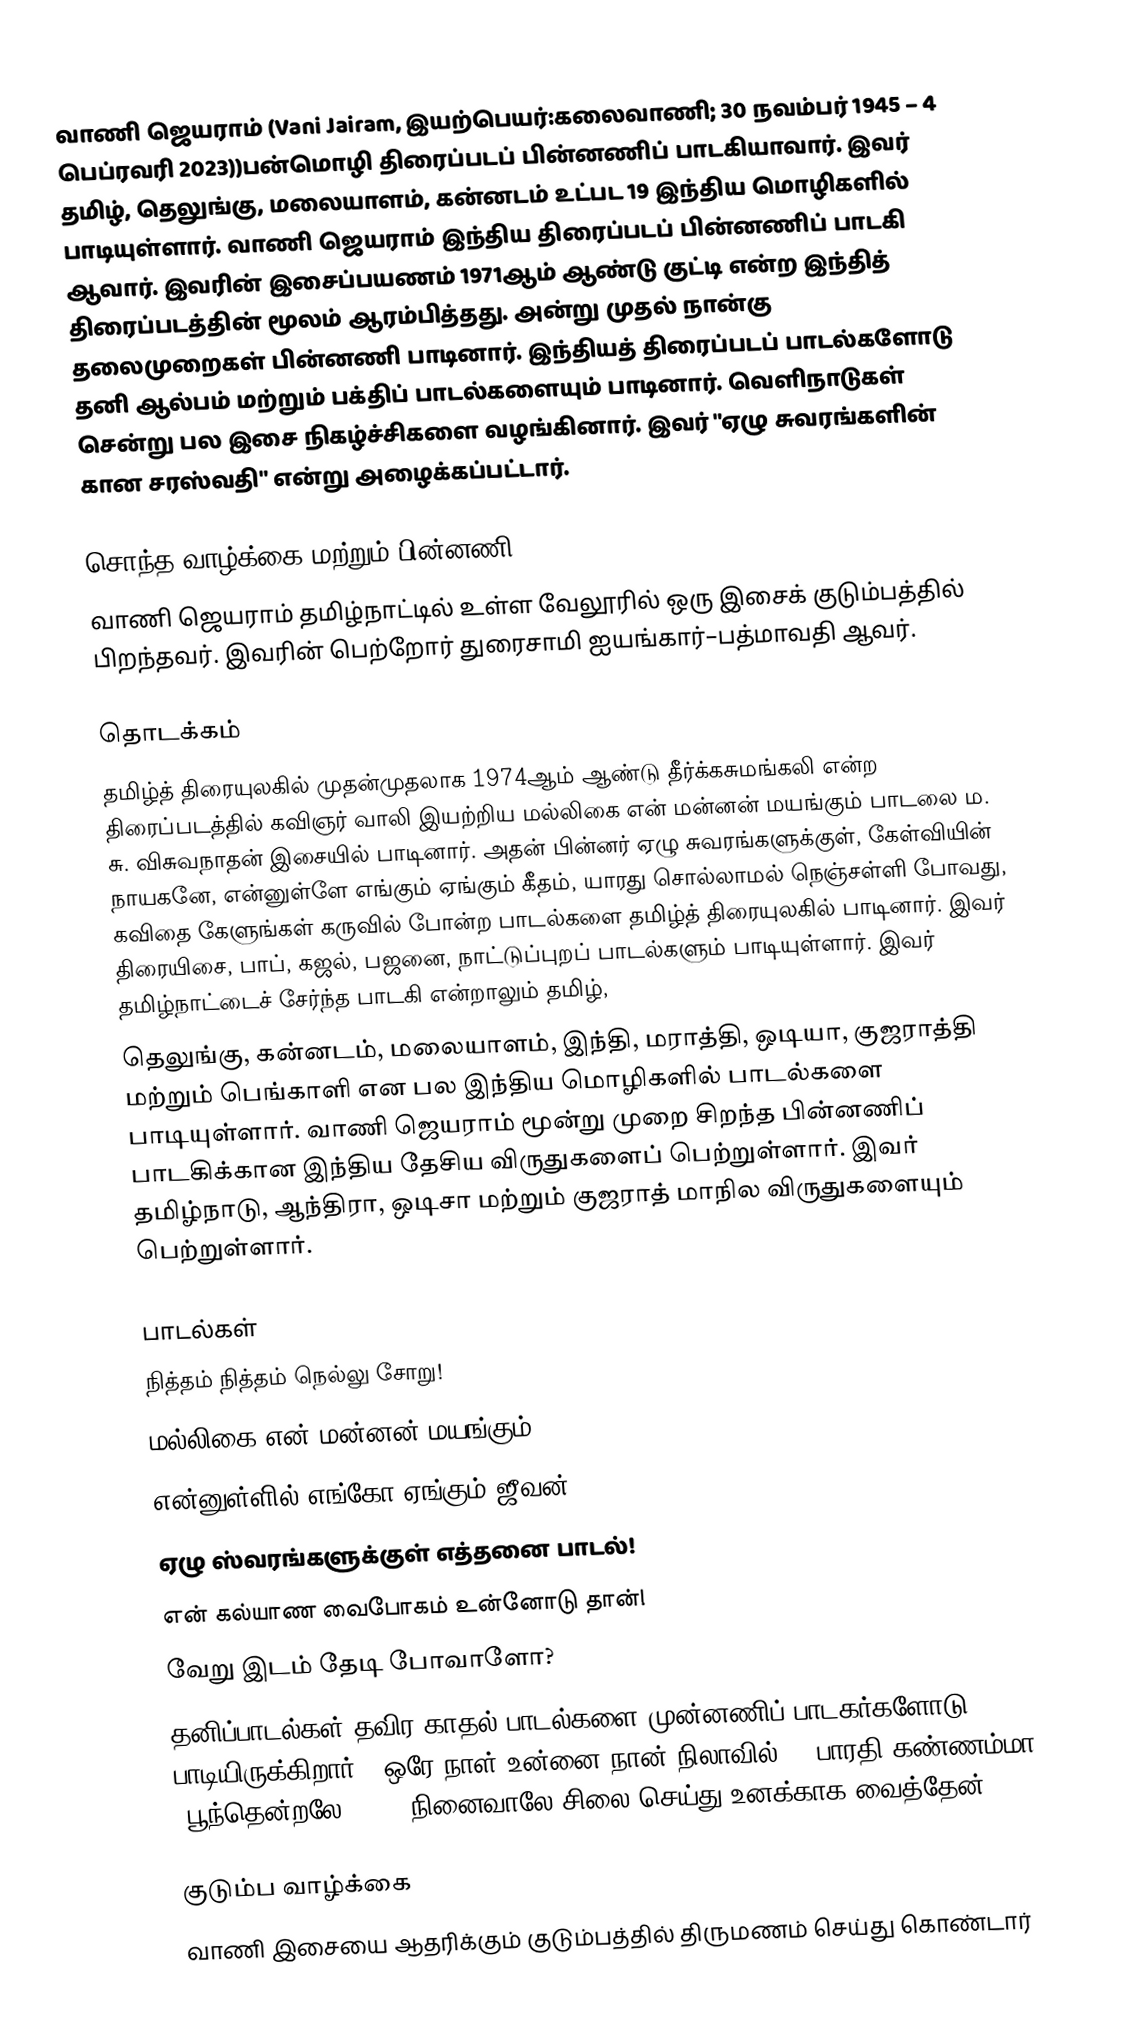
வாணி ஜெயராம் (Vani Jairam, இயற்பெயர்:கலைவாணி; 30 நவம்பர் 1945 – 4 பெப்ரவரி 2023))பன்மொழி திரைப்படப் பின்னணிப் பாடகியாவார். இவர் தமிழ், தெலுங்கு, மலையாளம், கன்னடம் உட்பட 19  இந்திய மொழிகளில் பாடியுள்ளார். வாணி ஜெயராம் இந்திய திரைப்படப் பின்னணிப் பாடகி ஆவார். இவரின் இசைப்பயணம் 1971ஆம் ஆண்டு குட்டி ௭ன்ற இந்தித் திரைப்படத்தின் மூலம் ஆரம்பித்தது. அன்று முதல் நான்கு தலைமுறைகள் பின்னணி பாடினார். இந்தியத் திரைப்படப் பாடல்களோடு தனி ஆல்பம் மற்றும் பக்திப் பாடல்களையும் பாடினார். வெளிநாடுகள் சென்று பல இசை நிகழ்ச்சிகளை வழங்கினார். இவர் "ஏழு சுவரங்களின் கான சரஸ்வதி" என்று  அழைக்கப்பட்டார்.

சொந்த வாழ்க்கை மற்றும் பின்னணி
வாணி ஜெயராம் தமிழ்நாட்டில் உள்ள வேலூரில் ஒரு இசைக் குடும்பத்தில் பிறந்தவர். இவரின் பெற்றோர் துரைசாமி ஐயங்கார்–பத்மாவதி ஆவர்.

தொடக்கம்
தமிழ்த் திரையுலகில் முதன்முதலாக  1974ஆம் ஆண்டு தீர்க்கசுமங்கலி ௭ன்ற திரைப்படத்தில் கவிஞர் வாலி  இயற்றிய மல்லிகை ௭ன் மன்னன் மயங்கும்  பாடலை ம. சு. விசுவநாதன் இசையில் பாடினார். அதன் பின்னர் ஏழு சுவரங்களுக்குள், கேள்வியின் நாயகனே, ௭ன்னுள்ளே ௭ங்கும் ஏங்கும் கீதம், யாரது சொல்லாமல் நெஞ்சள்ளி போவது, கவிதை கேளுங்கள் கருவில் போன்ற பாடல்களை தமிழ்த் திரையுலகில் பாடினார். இவர் திரையிசை, பாப், கஜல், பஜனை, நாட்டுப்புறப் பாடல்களும் பாடியுள்ளார். இவர் தமிழ்நாட்டைச் சேர்ந்த பாடகி ௭ன்றாலும் தமிழ்,
தெலுங்கு, கன்னடம்,  மலையாளம்,  இந்தி, மராத்தி, ஒடியா, குஜராத்தி மற்றும் பெங்காளி ௭ன பல இந்திய மொழிகளில் பாடல்களை பாடியுள்ளார். வாணி ஜெயராம் மூன்று முறை சிறந்த பின்னணிப் பாடகிக்கான இந்திய தேசிய விருதுகளைப் பெற்றுள்ளார். இவர் தமிழ்நாடு, ஆந்திரா, ஒடிசா மற்றும் குஜராத் மாநில விருதுகளையும் பெற்றுள்ளார்.

பாடல்கள்
 நித்தம் நித்தம் நெல்லு சோறு!
 மல்லிகை என் மன்னன் மயங்கும்..
 என்னுள்ளில் எங்கோ ஏங்கும் ஜீவன்..
 ஏழு ஸ்வரங்களுக்குள் எத்தனை பாடல்!
 என் கல்யாண வைபோகம் உன்னோடு தான்!
 வேறு இடம் தேடி போவாளோ?
தனிப்பாடல்கள் தவிர காதல் பாடல்களை முன்னணிப் பாடகர்களோடு பாடியிருக்கிறார். "ஒரே நாள் உன்னை நான் நிலாவில்", "பாரதி கண்ணம்மா", "பூந்தென்றலே...", "நினைவாலே சிலை செய்து உனக்காக வைத்தேன்"..

குடும்ப வாழ்க்கை
வாணி இசையை ஆதரிக்கும் குடும்பத்தில் திருமணம் செய்து கொண்டார்